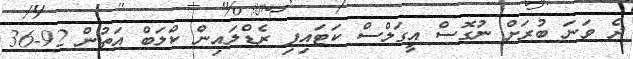
ދެ ވަނަ ބުރަށް ނުގޮސް އީގަލްސް ކަޓައިފި ރެޑްލައިން ކްލަބް އަތުން 92-36